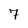
Character: 7